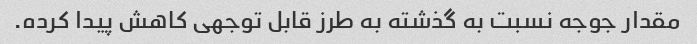
مقدار جوجه نسبت به گذشته به طرز قابل توجهی کاهش پیدا کرده.